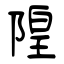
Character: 隍